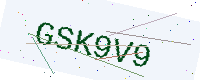
Text: GSK9V9